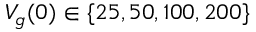
V _ { g } ( 0 ) \in \{ 2 5 , 5 0 , 1 0 0 , 2 0 0 \}